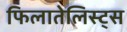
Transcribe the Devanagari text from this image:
फिलातेलिस्ट्स